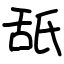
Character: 舐